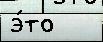
э́то